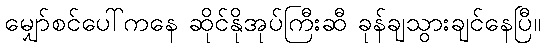
မျှော်စင်ပေါ်ကနေ ဆိုင်နိုအုပ်ကြီးဆီ ခုန်ချသွားချင်နေပြီ။